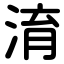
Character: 淯